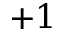
+ 1